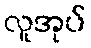
လူအုပ်